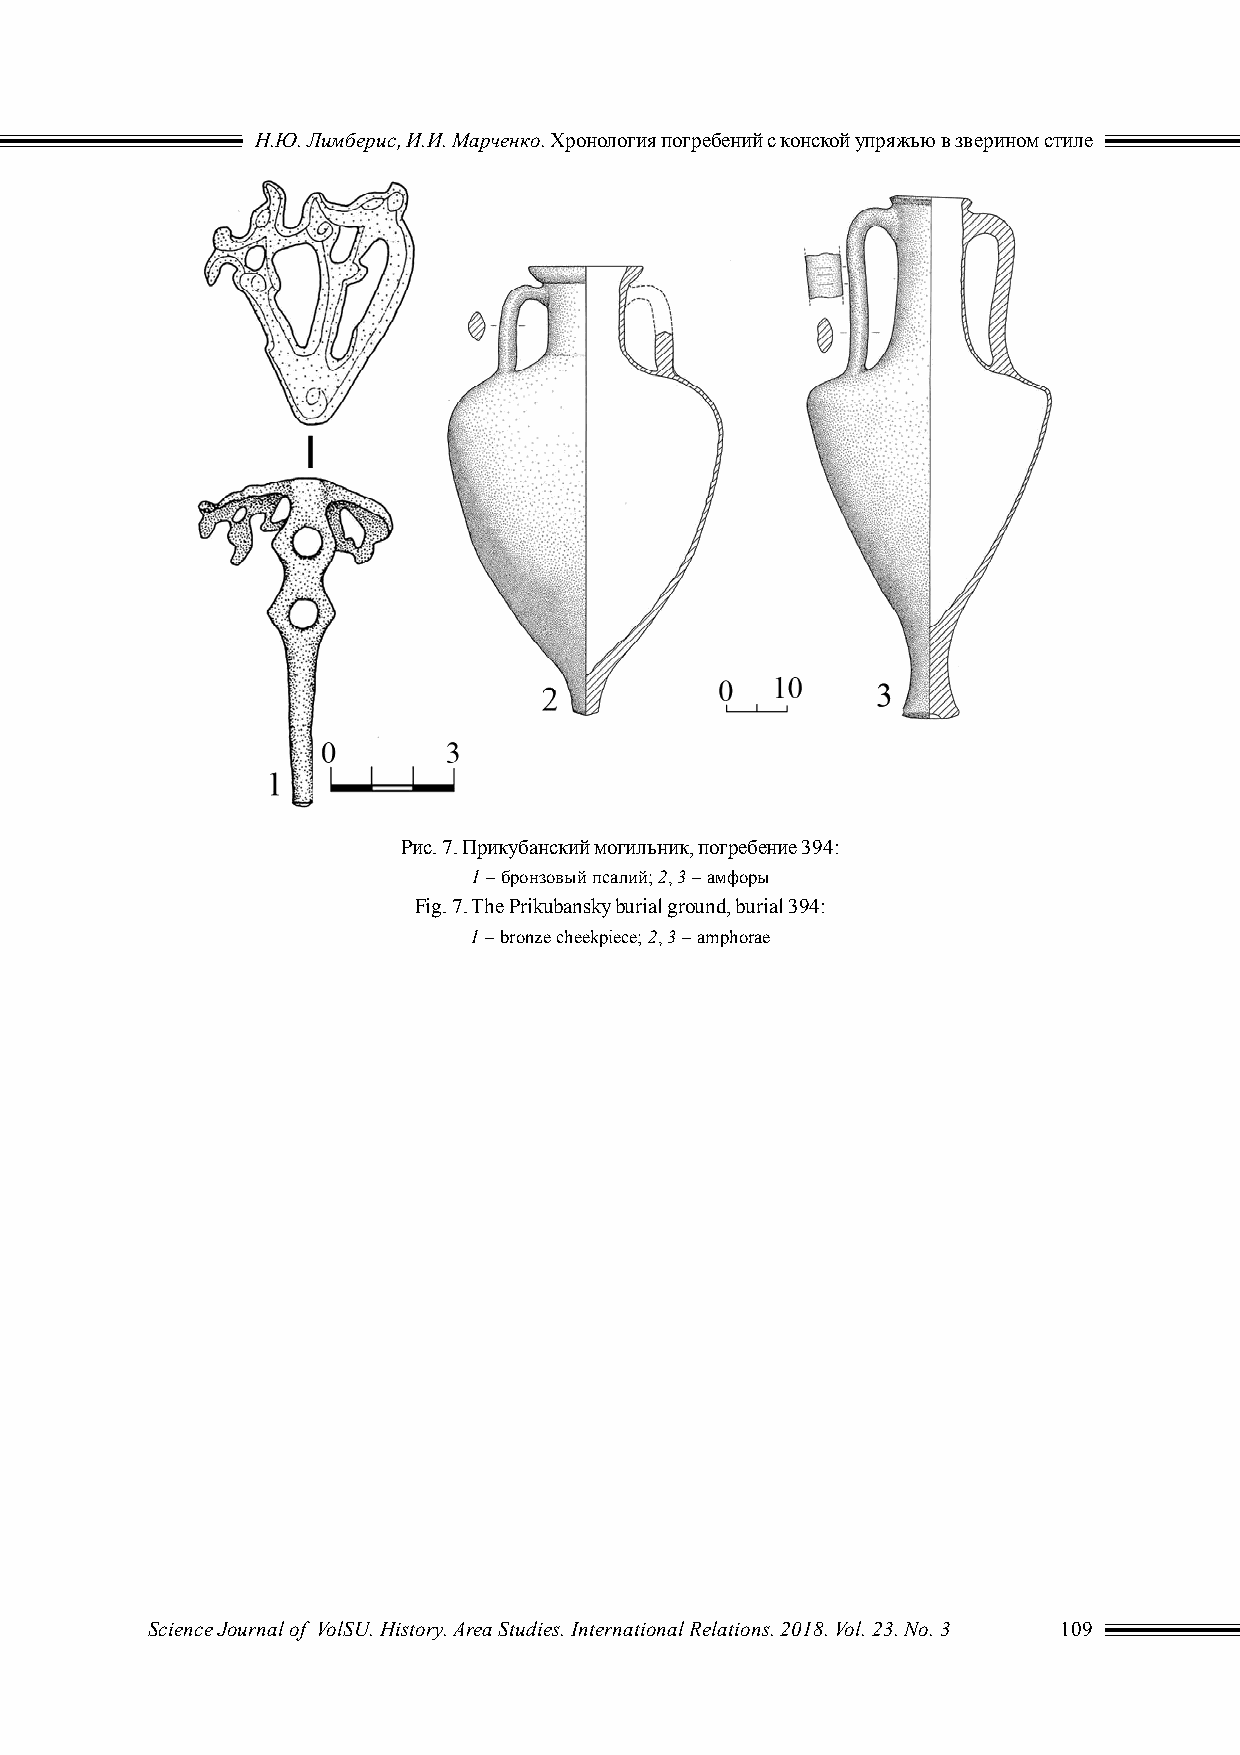
Н.Ю. Лимберис, И.И. Марченко. Хронология погребений с конской упряжью в зверином стиле
 Рис. 7. Прикубанский могильник, погребение 394:
 1 – бронзовый псалий; 2, 3 – амфоры
 Fig. 7. The Prikubansky burial ground, burial 394:
 1 – bronze cheekpiece; 2, 3 – amphorae
 Science Journal of VolSU. History. Area Studies. International Relations. 2018. Vol. 23. No. 3 109